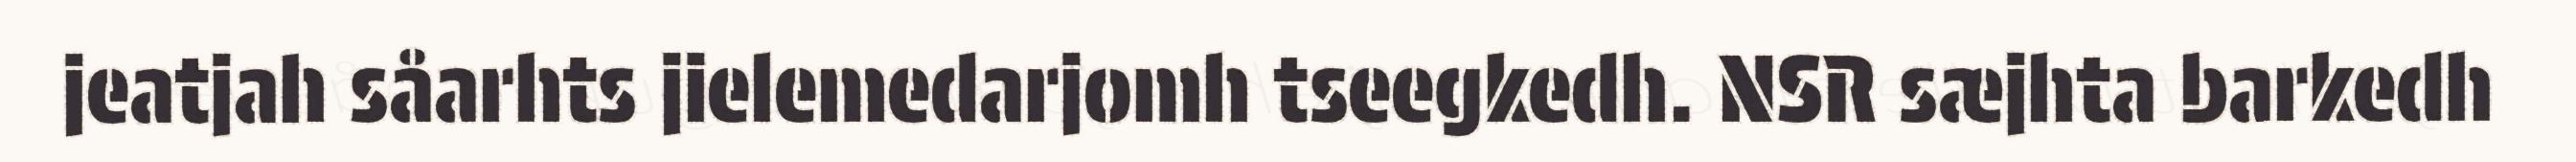
jeatjah såarhts jielemedarjomh tseegkedh. NSR sæjhta barkedh